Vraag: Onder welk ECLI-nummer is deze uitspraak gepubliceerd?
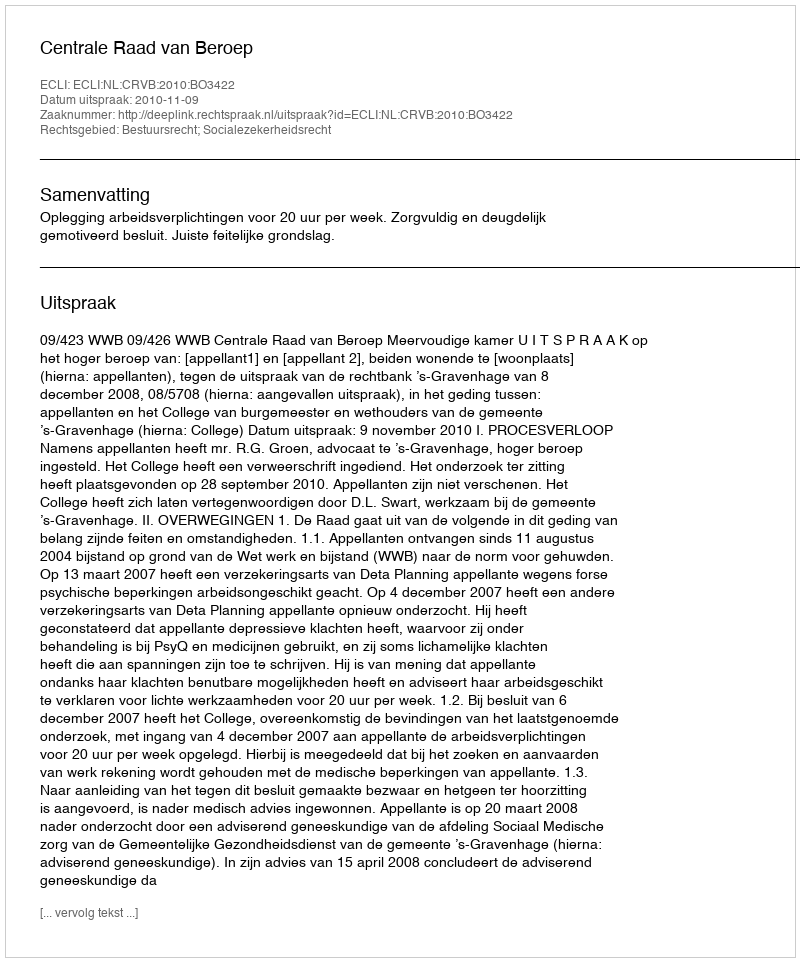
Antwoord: ECLI:NL:CRVB:2010:BO3422